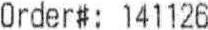
ORDER#: 141126